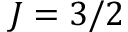
J = 3 / 2